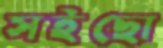
সইছো